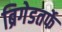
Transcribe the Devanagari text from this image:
ब्रिगेडतर्फे